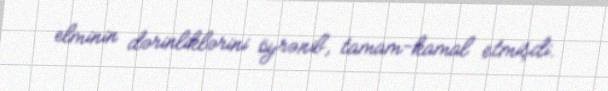
elminin dərinliklərini öyrənib, tamam-kamal etmişdi.